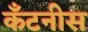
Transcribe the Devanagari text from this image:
कॅंटनीस